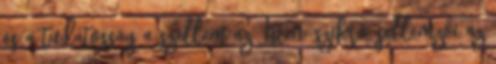
és a tudatosság a szellem az Isten-szikra, jellemzői az